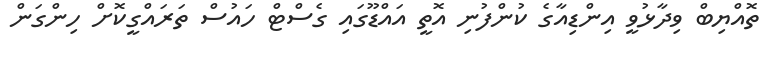
ތޮއްޔިބް ވިދާޅުވީ އިންޑިއާގެ ކުންފުނި އޮތީ އައްޑޫގައި ގެސްޓް ހައުސް ތަރައްގީކޮށް ހިންގަން